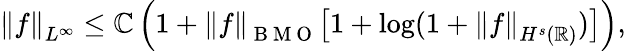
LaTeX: \left\| f\right\| _{L^{\infty}}\leq\mathbb{C}\left(1+\left\| f\right\| _{\mathrm{{~B~M~O~}}}\big[1+\displaystyle\log(1+\left\| f\right\| _{H^{s}(\mathbb{R})})\big]\right),